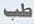
طب